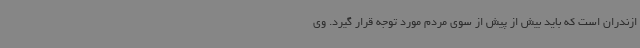
ازندران است که باید بیش از پیش از سوی مردم مورد توجه قرار گیرد. وی